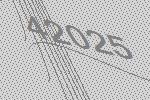
42025